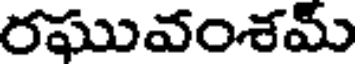
రఘువంశమ్